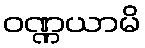
ဝဏ္ဏယာမိ